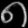
Digit: ၈